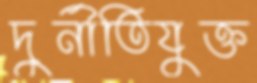
দুর্নীতিযুক্ত